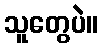
သူတွေပဲ။